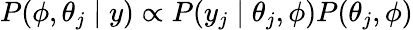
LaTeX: P(\phi,\theta_{j}\mid y)\propto P(y_{j}\mid\theta_{j},\phi)P(\theta_{j},\phi)